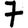
Digit: 7